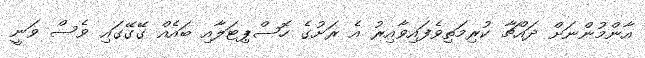
އާންމުންނަށް ދައްޗާ ކުރިމަތިވެފައިވާއިރު އެ ރަށުގެ ހޮސްޕިޓަލާއި ބައެއް ގޭގޭގައި ވެސް ވަނީ